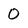
Character: 0